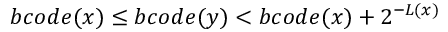
b c o d e ( x ) \leq b c o d e ( y ) < b c o d e ( x ) + 2 ^ { - L ( x ) }